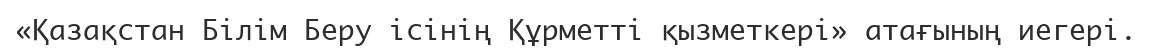
«Қазақстан Білім Беру ісінің Құрметті қызметкері» атағының иегері.